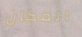
المكان